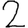
Digit: 2